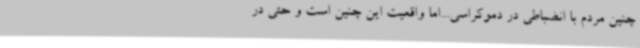
چنین مردم با انضباطی در دموکراسی...اما واقعیت این چنین است و حتی در